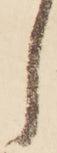
し